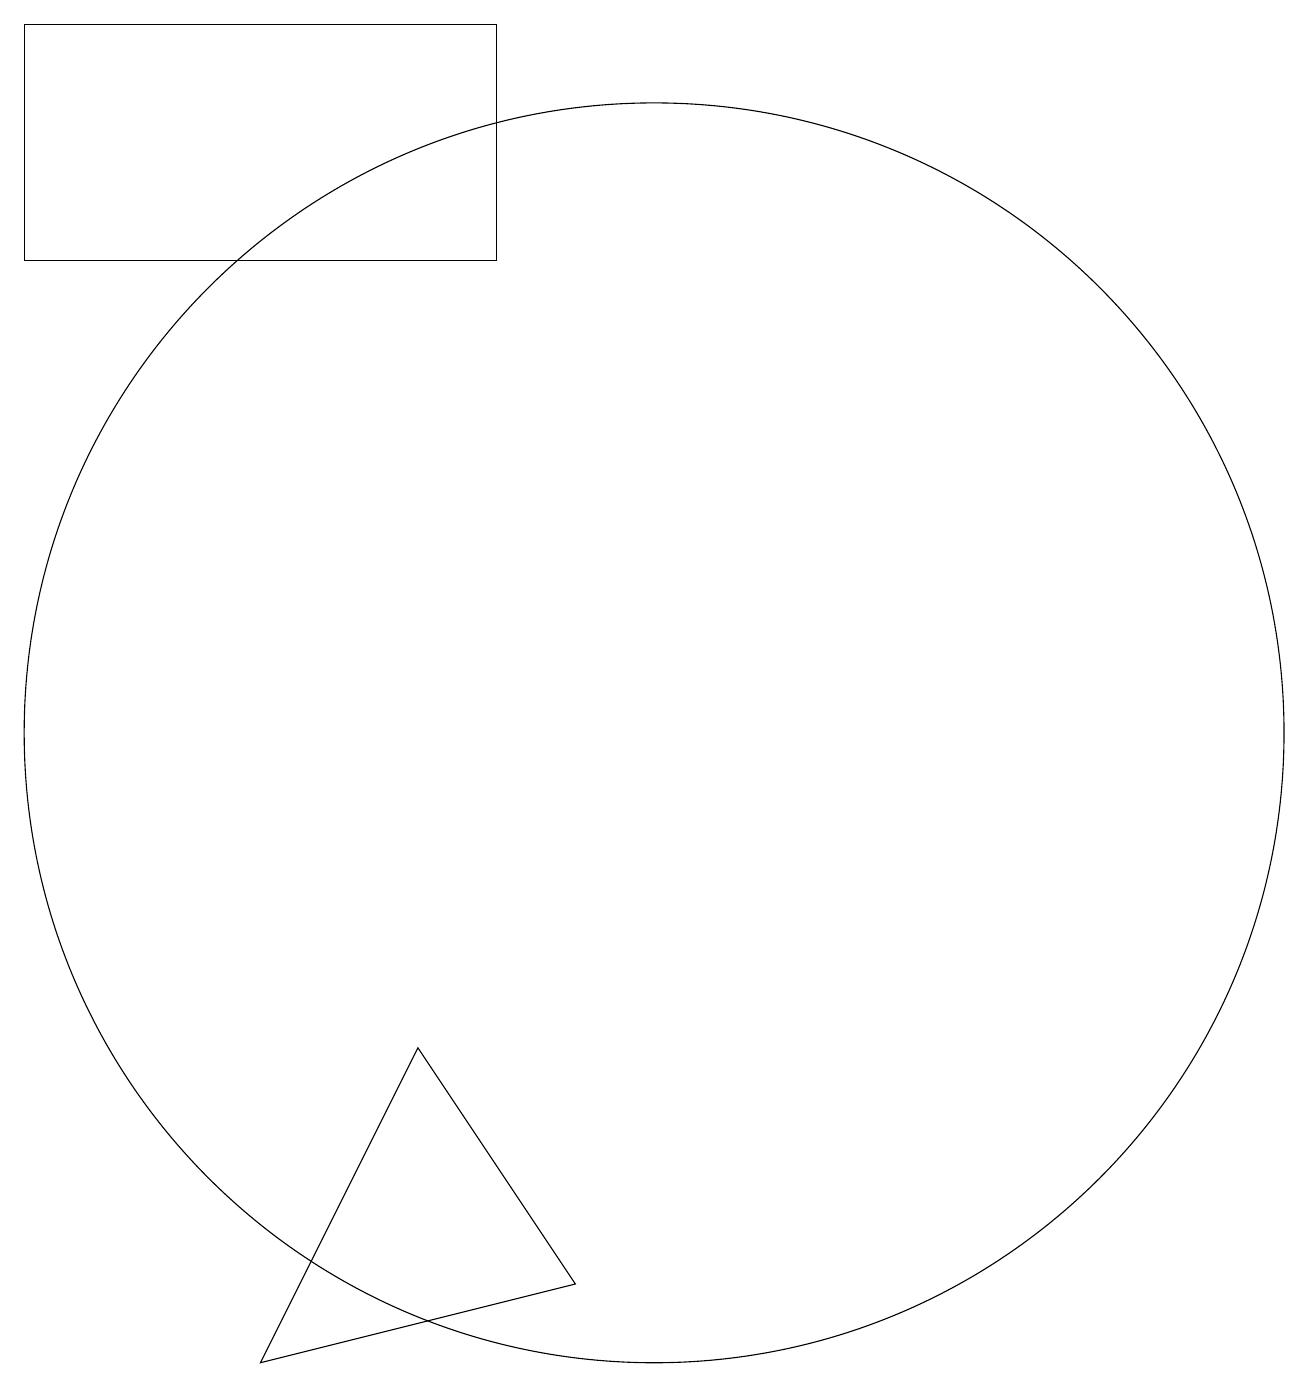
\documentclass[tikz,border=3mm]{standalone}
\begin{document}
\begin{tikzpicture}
\draw (5,2) -- (9,3) -- (7,6) -- cycle;
\draw (2,16) rectangle (8,19);
\draw (10,10) circle (8);
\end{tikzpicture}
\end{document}